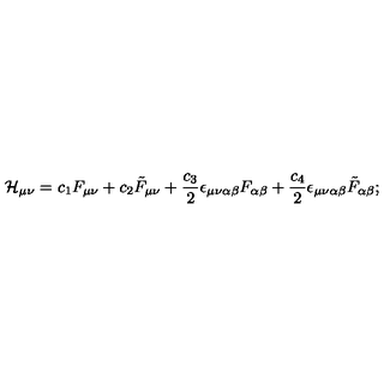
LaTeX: { \cal H } _ { \mu \nu } = c _ { 1 } F _ { \mu \nu } + c _ { 2 } \tilde { F } _ { \mu \nu } + { \frac { c _ { 3 } } { 2 } } \epsilon _ { \mu \nu \alpha \beta } F _ { \alpha \beta } + { \frac { c _ { 4 } } { 2 } } \epsilon _ { \mu \nu \alpha \beta } \tilde { F } _ { \alpha \beta } ;